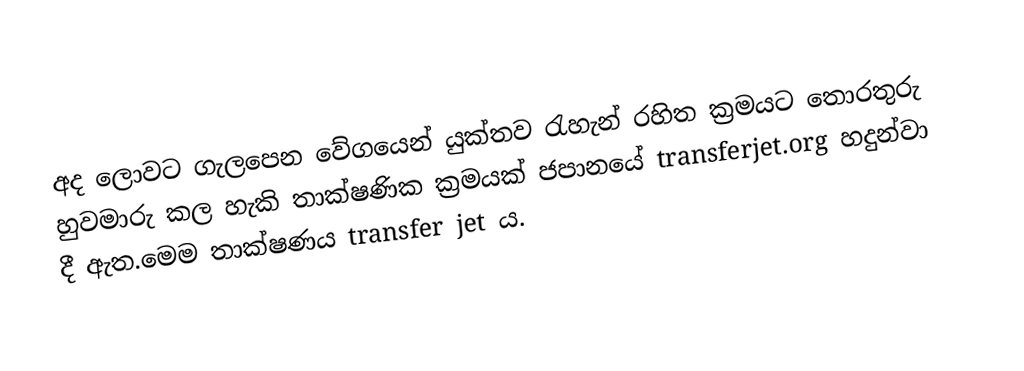
අද ලොවට ගැල⁣පෙන වේගයෙන් යුක්තව රැහැන් රහිත ක්‍රමයට තොරතුරු හුවමාරු කල හැකි තාක්ෂණික ක්‍රමයක් ජපානයේ transferjet.org හදුන්වා දී ඇත.මෙම තාක්ෂණය transfer jet ය.